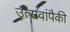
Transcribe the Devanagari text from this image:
उत्सवांपैकी